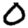
Digit: 0